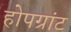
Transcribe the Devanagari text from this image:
होपग्रांट